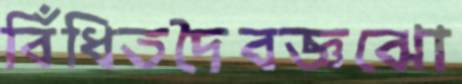
বিঁধিতদৈবজ্ঞঝো